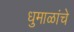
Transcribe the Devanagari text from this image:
धुमाळांचे